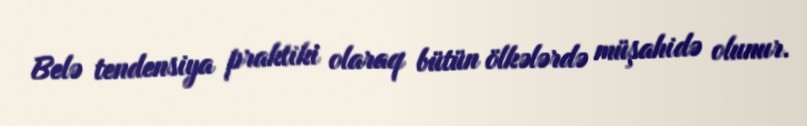
Belə tendensiya praktiki olaraq bütün ölkələrdə müşahidə olunur.